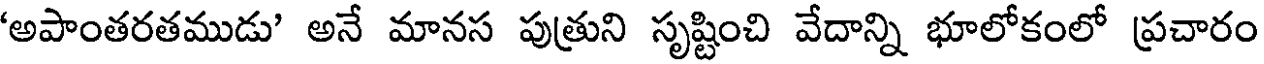
'అపాంతరతముడు' అనే మానస పుత్రుని సృష్టించి వేదాన్ని భూలోకంలో ప్రచారం